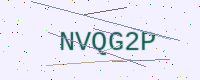
Text: NVQG2P